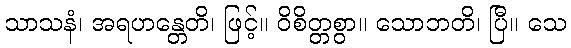
သာသနံ၊ အရဟန္တေတိ၊ ဖြင့်။ ဝိစိတ္တစွာ။ သောဘတိ၊ ပြီ။ သေ